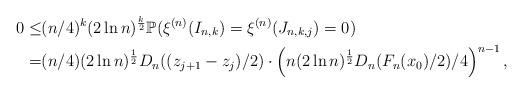
LaTeX: \begin{align*}0\leq&(n/4)^k(2\ln n)^{\frac{k}{2}}\mathbb{P}(\xi^{(n)}(I_{n,k})=\xi^{(n)}(J_{n,k,j})=0)\\=& (n/4)(2\ln n)^{\frac{1}{2}}D_n((z_{j+1}-z_j)/2)\cdot\left(n(2\ln n)^{\frac{1}{2}}D_n(F_n(x_0)/2)/4\right)^{n-1},\end{align*}